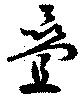
畳